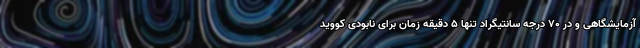
آزمایشگاهی و در ۷۰ درجه سانتیگراد تنها ۵ دقیقه زمان برای نابودی کووید